Lunatic asylums Bombay report 1891-1903 - 1891-1903
Year: 1891
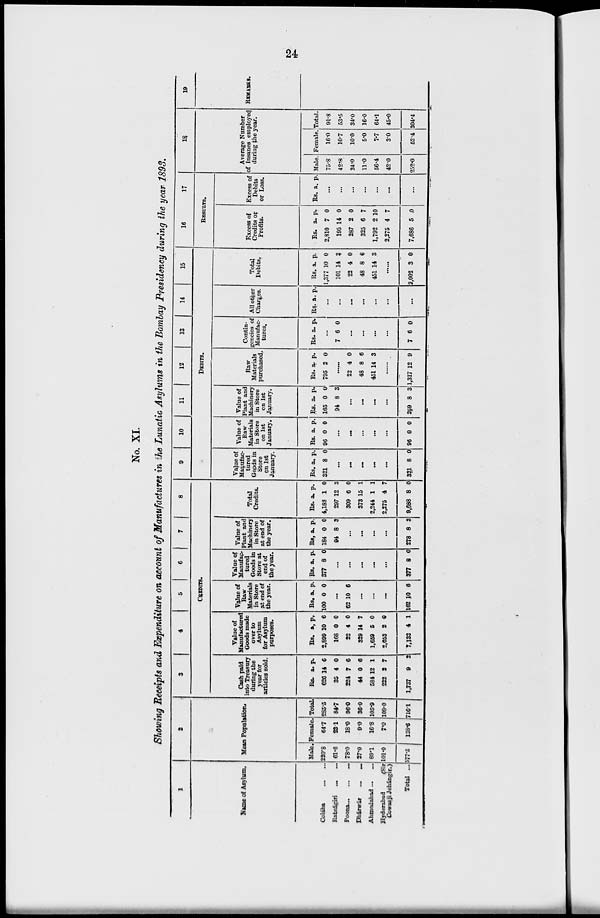
24
No. XI.
Showing Receipts and Expenditure on account of Manufactures in the Lunatic Asylums in the Bombay Presidency during the year 1893.
1
Name of Asylum.
Colába ... ...
Ratnágiri ... ...
Poona ... ... ...
Dhárwár
...
...
Ahmedabad ...
...
Hyderabad
(Sir
Cowasji Jehángir.)
Total ...
2
Mean Population.
Male.
220.8
61.6
78.0
27.0
89.1
101.0
577.5
Female.
64.7
23.1
18.0
9.0
16.8
7.0
138.5
Total.
285.5
84.7
96.0
36.0
105.9
108.0
716.1
3
4
5
6
7
8
CREDITS.
Cash paid
into Treasury
during the
year for
articles sold.
Rs.
626
35
224
44
584
222
1,737
a.
14
4
7
0
12
2
9
p.
6
0
6
6
1
7
2
Value of
Manufactured
Goods made
over to
Asylum
for Asylum
purposes.
Rs.
2,899
168
22
329
1,659
2,053
7,132
a.
10
0
4
14
5
2
4
p.
6
0
0
7
0
0
1
Value of
Raw
Materials
in Store
at end of
the year.
Rs.
100
a.
0
p.
0
...
62 10 6
...
...
...
162 10 6
Value of
Manufac-
tured
Goods in
Store at
end of
the year.
Rs.
377
a.
8
p.
0
...
...
...
...
....
377 8 0
Value of
Plant and
Machinery
in Store
at end of
the year.
Rs.
184
94
a.
0
8
p.
0
3
...
...
...
...
278 8 3
Total
Credits.
Rs.
4,188
297
309
373
2,244
2,275
9,688
a.
1
12
6
15
1
4
8
p.
0
3
0
1
1
7
0
9
10
11 12
13
14
15
DEBITS.
Value of
Manufac-
tured
Goods in
Store
on 1st
January.
Rs.
321
a.
8
p.
0
...
...
...
...
. ..
321 8 0
Value of
Raw
Materials
in Store
on 1st
January.
Rs.
96
a.
0
p.
0
...
...
...
. ..
...
96 0 0
Value of
Plant and
Machinery
in Store
on 1st
January.
Rs.
165
94
a.
0
8
p.
0
3
...
. ..
...
...
259 8 3
Raw
Materials
purchased.
Rs.
795
a.
2
p.
0
22
48
451
4
8
14
0
6
3
...
1,317 12 9
Contin-
gencies of
Manufac-
tures.
Rs a. p.
...
7 6 0
...
...
...
...
7 6 0
All other
Charges.
Rs. a. p.
...
...
...
...
...
...
...
Total
Debits.
Rs.
1,377
101
22
48
451
a.
10
14
4
8
14
p.
0
3
0
6
3
2,002 3 0
16
17
RESULTS.
Excess of
Credits or
Profits.
Rs.
2,810
195
287
325
1,792
2,275
7,686
a.
7
14
2
6
2
4
5
p.
0
0
0
7
10
7
0
Excess of
Debits
or Loss.
Rs. a. p.
...
...
...
...
...
...
...
18
Average Number
of Insanes employed
during the year.
Male.
75.8
42.8
24.0
11.0
56.4
42.0
252.0
Female.
16.0
10.7
10.0
5.0
7.7
3.0
52.4
Total.
91.8
53.5
34.0
16.0
64.1
45.0
304.4
19
REMARKS.